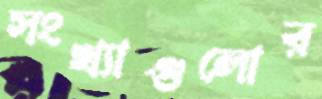
সংখ্যাগুলোর